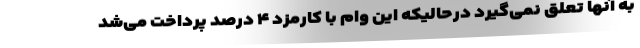
به آنها تعلق نمی‌گیرد درحالیکه این وام با کارمزد ۴ درصد پرداخت می‌شد